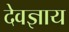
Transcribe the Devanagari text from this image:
देवज्ञाय